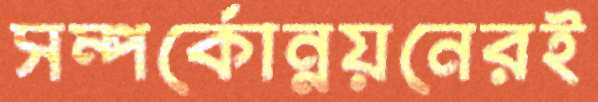
সম্পর্কোন্নয়নেরই